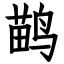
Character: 鹋